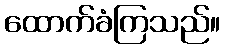
ထောက်ခံကြသည်။